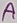
Text: A